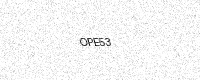
Text: OPE53